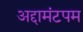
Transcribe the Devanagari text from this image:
अद्दामंटपम